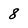
Character: 8